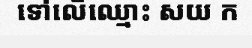
ទៅលើឈ្មោះ សយ ក